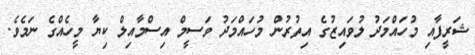
ޝަރީފާއި މުހައްމަދު ލުވައިޒުގެ އިތުރުން މުހައްމަދު ވަސީމް އިސްމާއިލް ކިޔާ މީހެއްގެ ނަމެވެ.